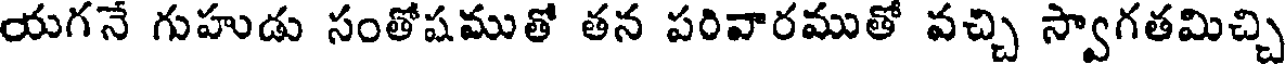
యగనే గుహుడు సంతోషముతో తన పరివారముతో వచ్చి స్వాగతమిచ్చి